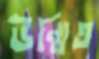
উন্মিত